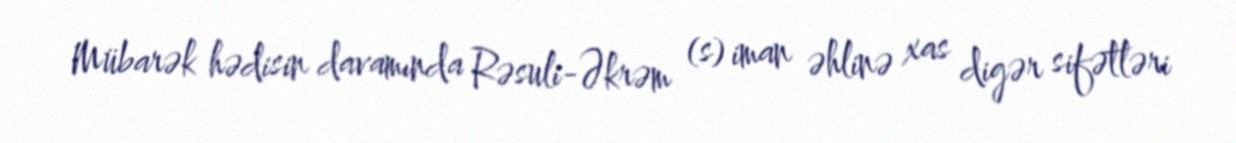
Mübarək hədisin davamında Rəsuli-Əkrəm (s) iman əhlinə xas digər sifətləri